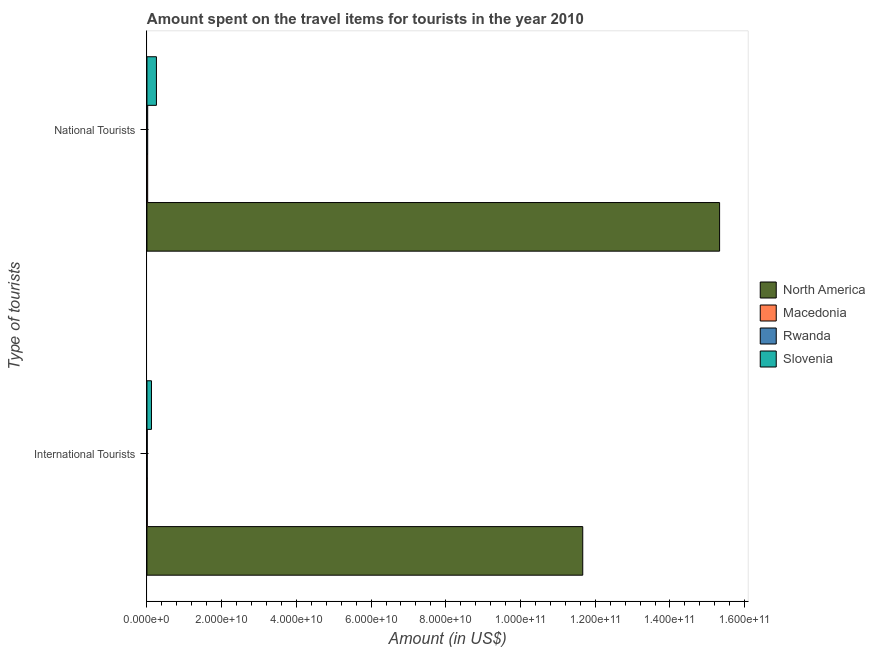
| Type of tourists | North America | Macedonia | Rwanda | Slovenia |
 | --- | --- | --- | --- | --- |
 | International Tourists | 1.17e+11 | 9.2e+07 | 7.7e+07 | 1.21e+09 |
 | National Tourists | 1.53e+11 | 1.97e+08 | 2.02e+08 | 2.54e+09 |